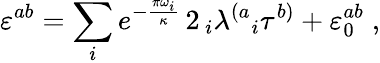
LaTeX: \varepsilon^{ab}=\sum_{i}e^{-{\frac{\pi\omega_{i}}{\kappa}}}\, 2\, _{i}{\lambda^{\left(a\right.}}_{i}\tau^{\left.b\right)}+\varepsilon_{0}^{ab}\; ,